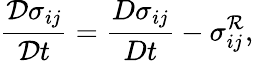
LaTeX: \frac{\mathcal{D}\sigma_{ij}}{\mathcal{D}t}=\frac{{D}\sigma_{ij}}{{D}t}-{\sigma_{ij}^{\mathcal{R}}},